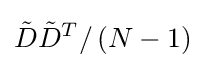
{\tilde {D}}{\tilde {D}}^{T}/\left(N-1\right)